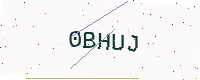
Text: 0BHUJ